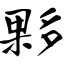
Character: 夥